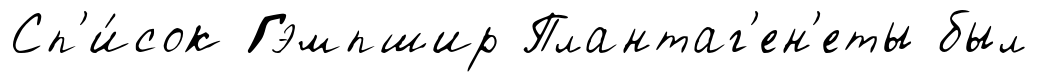
Сп'и́сок Гэмпшир Плантаг'ен'еты был